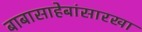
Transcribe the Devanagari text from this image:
बाबासाहेबांसारखा